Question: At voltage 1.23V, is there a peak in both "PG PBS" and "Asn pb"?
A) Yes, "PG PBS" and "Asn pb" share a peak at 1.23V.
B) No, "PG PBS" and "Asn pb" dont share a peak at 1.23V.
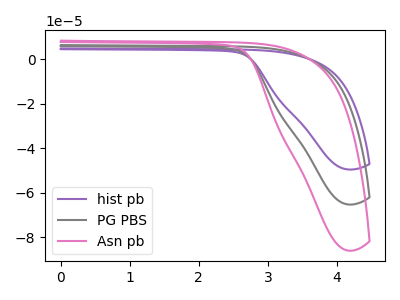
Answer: <think>The purple curve "hist pb" has no peaks. The gray curve "PG PBS" has no peaks. The pink curve "Asn pb" has no peaks.</think>
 <answer>B) No, "PG PBS" and "Asn pb" dont share a peak at 1.23V.</answer>
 <eval>B</eval>